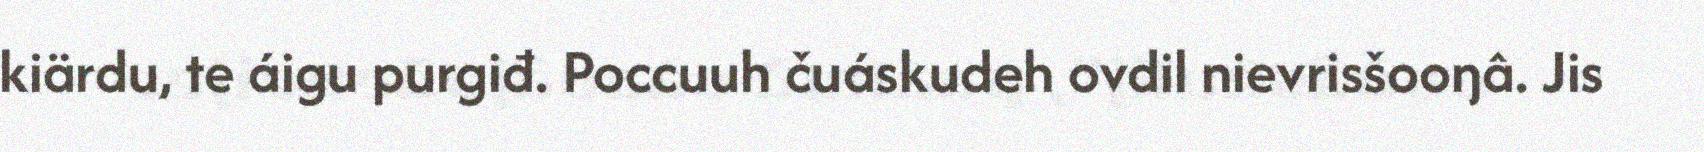
kiärdu, te áigu purgiđ. Poccuuh čuáskudeh ovdil nievrisšooŋâ. Jis